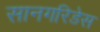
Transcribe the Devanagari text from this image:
सानगरिडेस